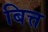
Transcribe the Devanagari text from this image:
बित्त